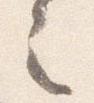
之